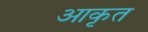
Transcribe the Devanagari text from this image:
आकृत